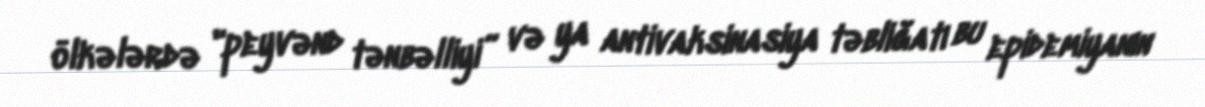
ölkələrdə "peyvənd tənbəlliyi” və ya antivaksinasiya təbliğatı bu epidemiyanın